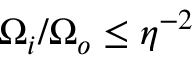
\Omega _ { i } / \Omega _ { o } \leq \eta ^ { - 2 }